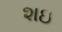
શઇ